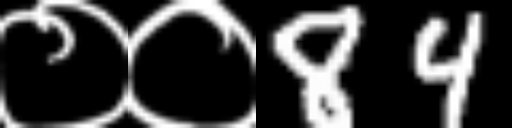
Text: ००84